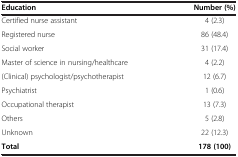
<table><thead><tr><td><b>Education</b></td><td><b>Number (%)</b></td></tr></thead><tbody><tr><td>Certified nurse assistant</td><td>4 (2.3)</td></tr><tr><td>Registered nurse</td><td>86 (48.4)</td></tr><tr><td>Social worker</td><td>31 (17.4)</td></tr><tr><td>Master of science in nursing/healthcare</td><td>4 (2.2)</td></tr><tr><td>(Clinical) psychologist/psychotherapist</td><td>12 (6.7)</td></tr><tr><td>Psychiatrist</td><td>1 (0.6)</td></tr><tr><td>Occupational therapist</td><td>13 (7.3)</td></tr><tr><td>Others</td><td>5 (2.8)</td></tr><tr><td>Unknown</td><td>22 (12.3)</td></tr><tr><td><b>Total</b></td><td><b>178 (100)</b></td></tr></tbody></table>